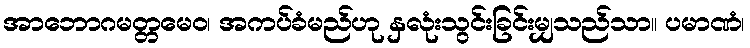
အာဘောဂမတ္တမေဝ၊ အကပ်ခံမည်ဟု နှလုံးသွင်းခြင်းမျှသည်သာ။ ပမာဏံ၊